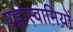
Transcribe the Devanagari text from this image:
षड्गोस्वामियों